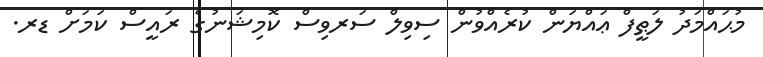
މުޙައްމަދު ލަޠީފް ޢައްޔަން ކުރެއްވުން ސިވިލް ސަަރވިސް ކޮމިޝަނުގެ ރައީސް ކަމަށް ޑރ.